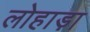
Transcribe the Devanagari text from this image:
लोहाड़ा